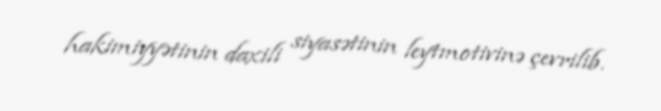
hakimiyyətinin daxili siyasətinin leytmotivinə çevrilib.